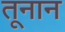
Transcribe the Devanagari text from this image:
तूनान